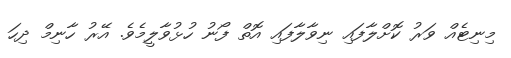
މިނިޓެއް ވަރު ކޮށްލާފައި ނިވާލާފައި އޮތް ފޯނު ހުޅުވާލީމެވެ. އޭރު ހާނިމް ދިހަ